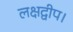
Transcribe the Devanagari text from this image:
लक्षद्वीप।